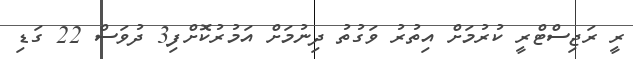
ރީ ރަޖިސްޓްރީ ކުރުމަށް އިތުރު ވަގުތު ދިނުމަށް އަމުރުކޮށްފި3 ދުވަސް 22 ގަޑި